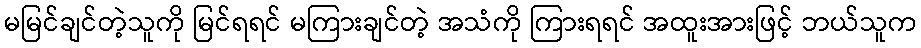
မမြင်ချင်တဲ့သူကို မြင်ရရင် မကြားချင်တဲ့ အသံကို ကြားရရင် အထူးအားဖြင့် ဘယ်သူက